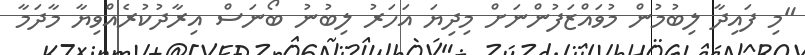
"މި ފައިދާ ލިބުމުން މުވައްޒަފުންނަށް މިދިޔަ އަހަރު ލިބުނު ބޯނަސް އިރާދުކުރެއްވިޔާ މާދަމާ